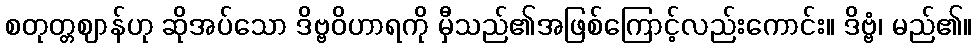
စတုတ္တဈာန်ဟု ဆိုအပ်သော ဒိဗ္ဗဝိဟာရကို မှီသည်၏အဖြစ်ကြောင့်လည်းကောင်း။ ဒိဗ္ဗံ၊ မည်၏။